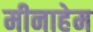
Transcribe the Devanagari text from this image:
मीनाहेम